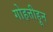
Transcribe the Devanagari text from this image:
गोहत्तीहून